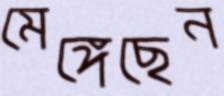
মেঙ্গেছেন